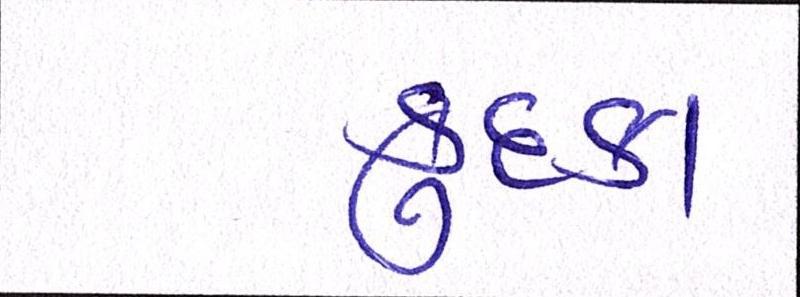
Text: કુદકા